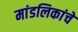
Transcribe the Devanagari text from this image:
मांडलिकांचे